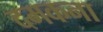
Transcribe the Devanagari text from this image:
दमकना